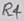
Text: R4